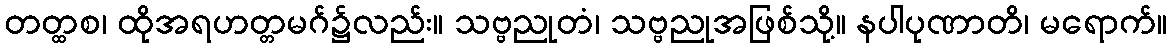
တတ္ထစ၊ ထိုအရဟတ္တမဂ်၌လည်း။ သဗ္ဗညုတံ၊ သဗ္ဗညုအဖြစ်သို့။ နပါပုဏာတိ၊ မရောက်။